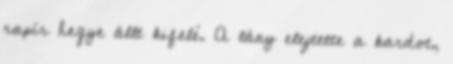
rapír hegye állt kifelé. A lány elejtette a kardot,